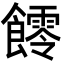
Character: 𩟃